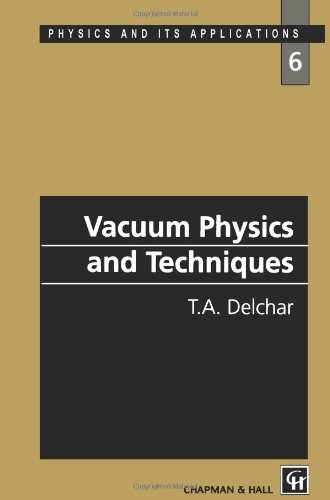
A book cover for Vacuum Physics and Techniques (CRC Monographs on Statistics & Applied Probability); T.A. Delchar; Science & Math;